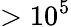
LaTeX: >10^{5}